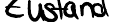
Zustand